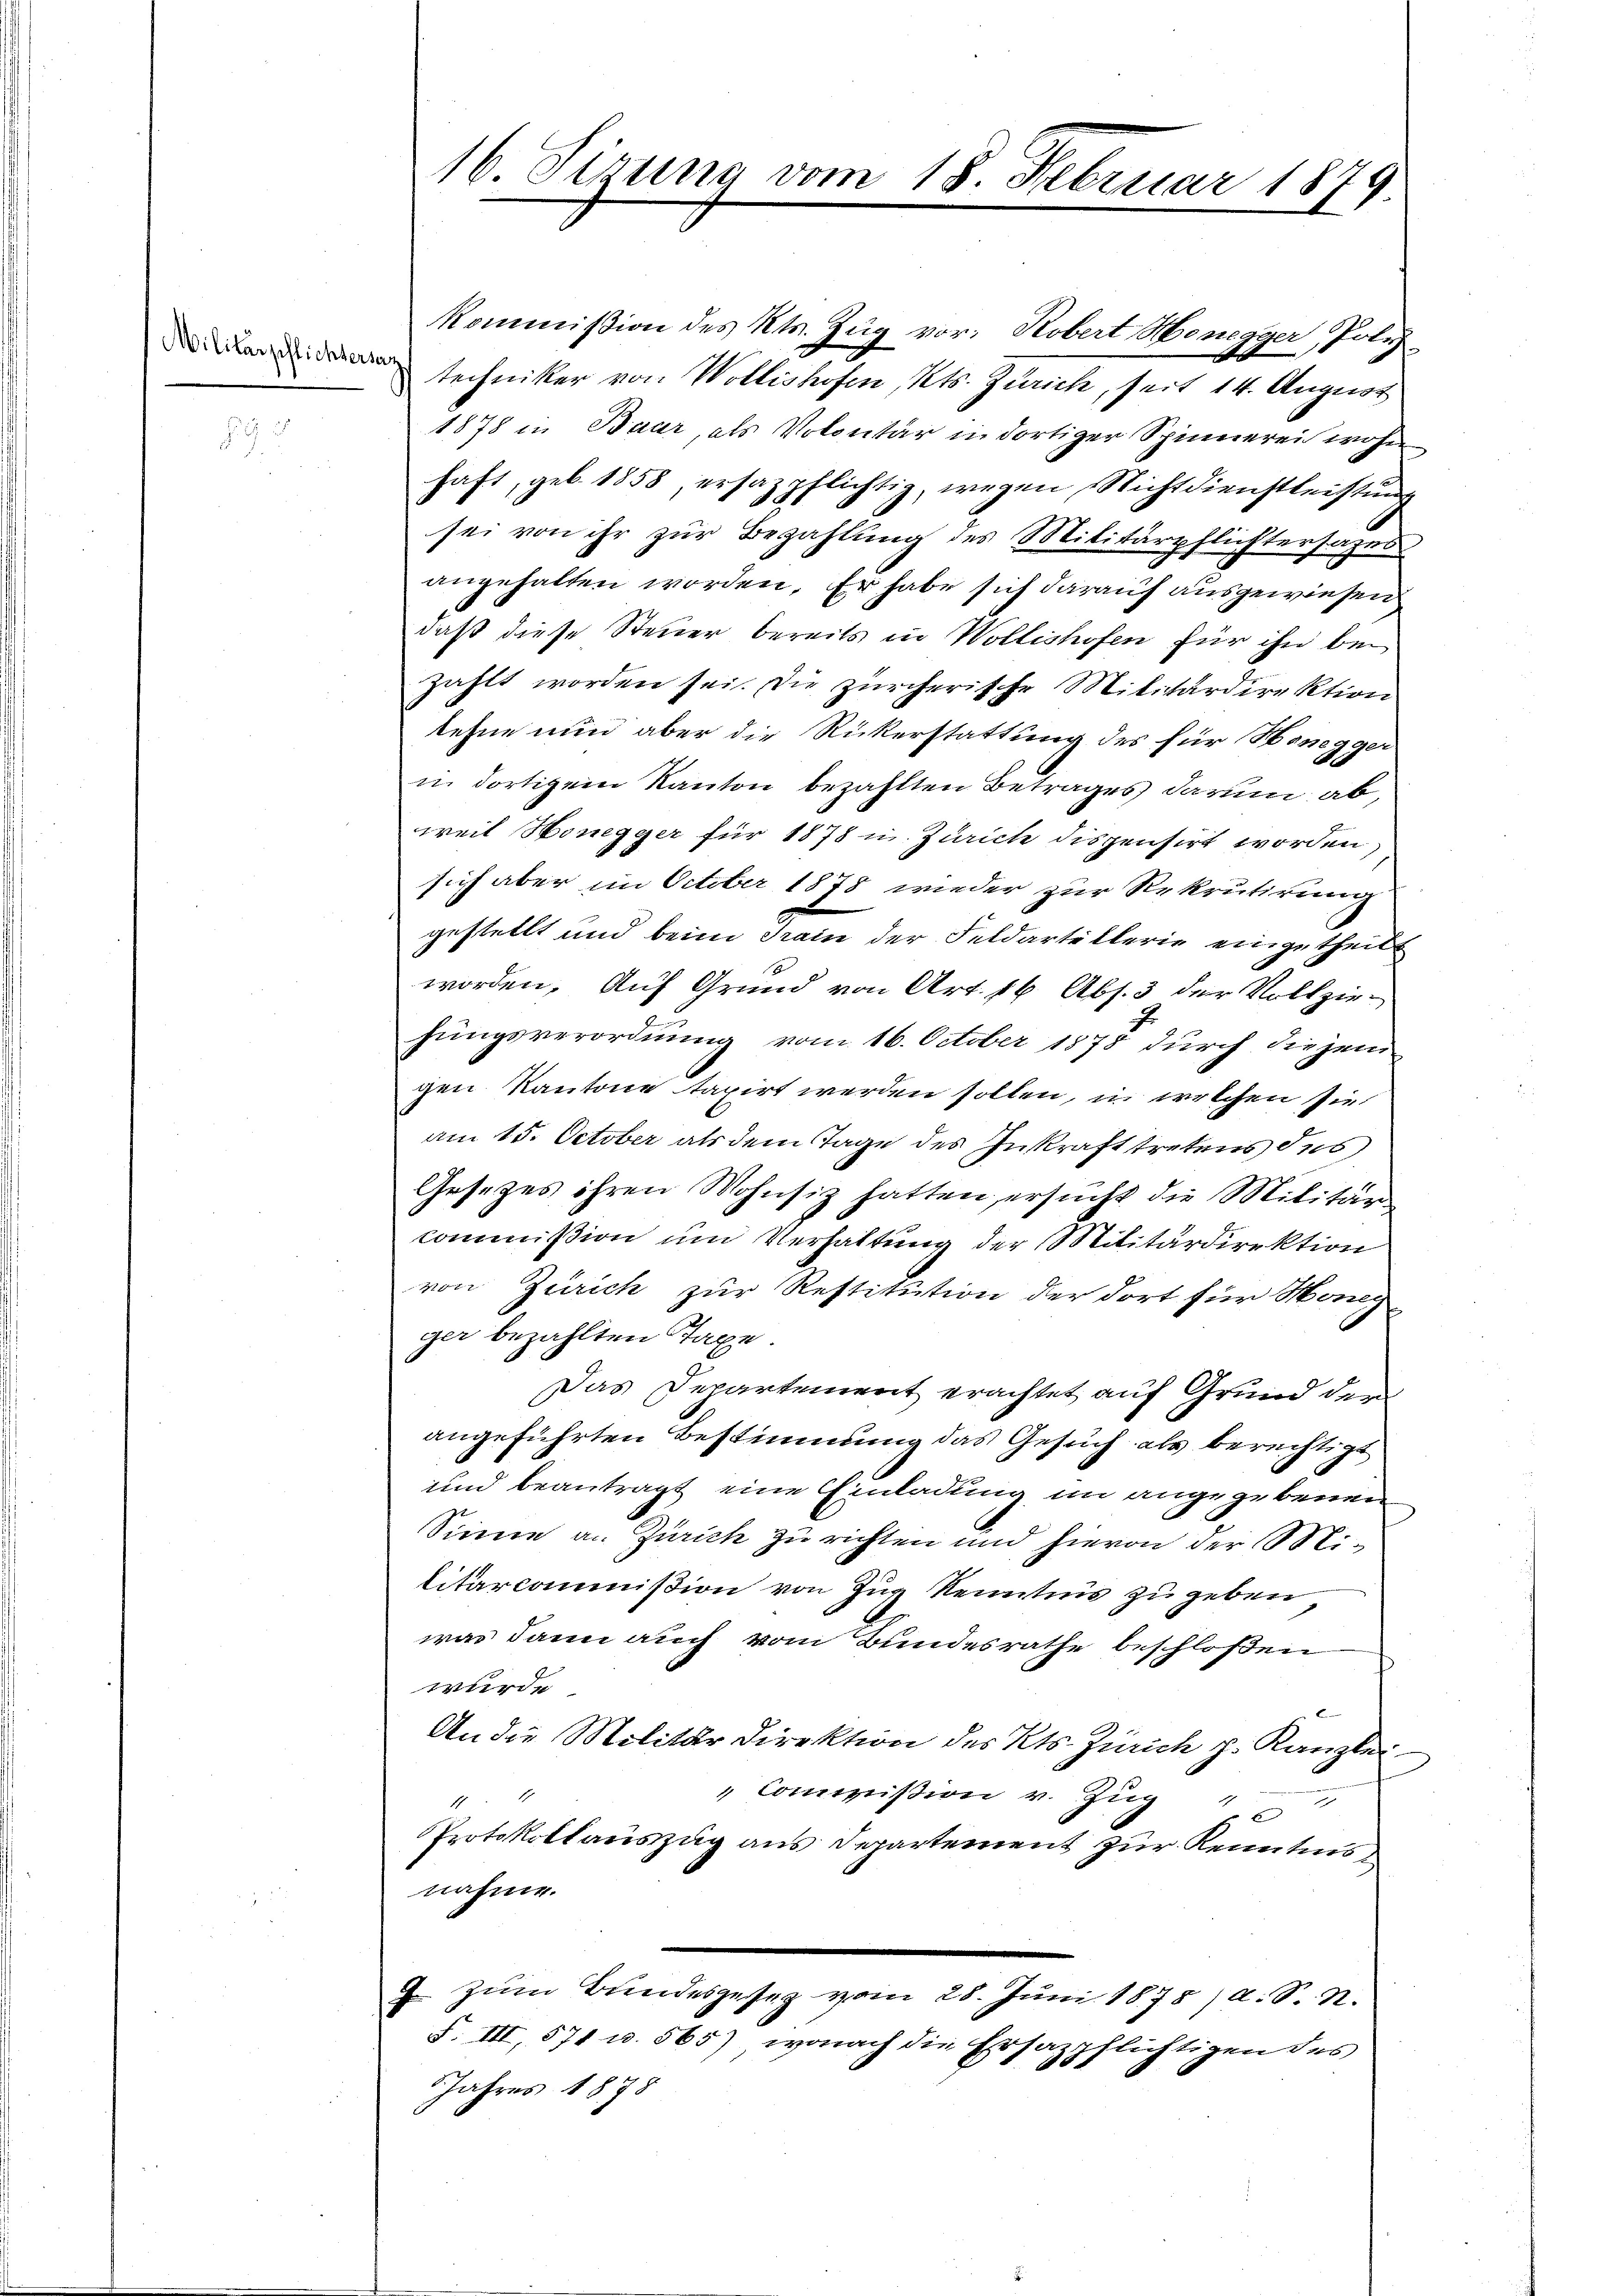
Militärpflichterlan

16. Sirung vom 18. Februar 1879

Kommißion des Kts. Zug vor: Robert Honegger, Poliz
techniker von Wollishofen, Kts. Zürich, seit 14. August
1878 in Baar, als Volontär in dortiger Spinnerei wohn
haft, geb. 1858, ersazpflichtig, wegen Nichtdienstleistŭng
sei von ihr zur Bezahlung des Militärpflichtersatzes
angehalten worden. Er habe sich darauf ausgewiesen
daß diese Steuer bereits in Wollishofen für ihn bei
zahlt worden sei. Die zürcherische Militärdirektion
lehne nun aber die Rückerstattung des für Honegger
in dortigem Kanton bezahlten Betrages darum ab,
weil Honegger für 1878 u. Zürich dispensirt worden.
sich aber im October 1878 wieder zur Rekrutirung
gestellt und beim Train der Feldartellerie eingetheilt
worden. Auf Grund von Art. 16 Abs. 3 der Vollziehungsverordnung vom 16. October 1878 durch diejenigen Kantone taxirt werden sollen, in welchen sie
am 15. October als dem Tage des Inkrafttretens Jus
Gesetzes ihren Wohnsiz hatten, ersucht die Militär-
Commißion um Verhaltung der Militärdirektion
von Zürich zur Restitution der dort für Honeg
ger bezahlten Taxe.
Das Departement erachtet auf Grund der
angeführten Bestimmung das Gesuch als berechtigt
und beantragt eine Einladung im angegebenen
Sinne an Zürich zu richten und hievon der Militarcommißion von Zug Kenntnis zu geben
was dann auch vom Bundesrathe beschloßen
wurde
An die Militär Direktion des Kts. Zürich p. Kanzlei
 Commißion v. Zug
u
Protokollauszug aus Departement zur Kenntnisnahme.
 zum Bundesgesez vom 28. Juni 1875, a. S. S.
F. III, 571 u. 565), wonach die Ersazpflichtigen des
d
Jahres 1878